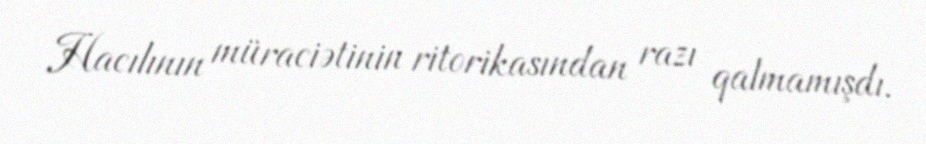
Hacılının müraciətinin ritorikasından razı qalmamışdı.